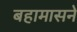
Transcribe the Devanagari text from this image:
बहामासने